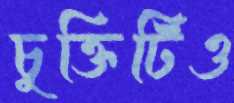
চুক্তিটিও